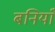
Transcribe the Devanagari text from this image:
बनियाँ